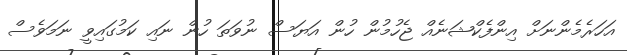
އަހަރެމެންނަށް އިންފެކްޝަނެއް ޖެހުމުން ހުން އަޔަސް ނުވަތަ ހުން ނައި ކަމުގައިވީ ނަމަވެސް